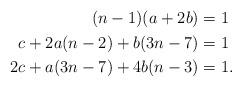
LaTeX: \begin{align*}\begin{aligned}(n-1)(a+2b)&=1 \\c+2a(n-2)+b(3n-7)&=1\\2c+a(3n-7)+4b(n-3)&=1.\end{aligned}\end{align*}